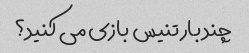
چند بار تنیس بازی می کنید؟